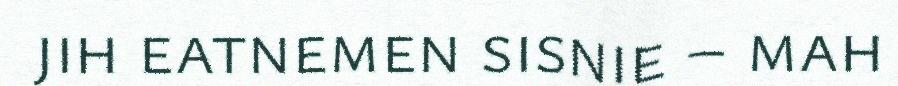
jih eatnemen sisnie – mah